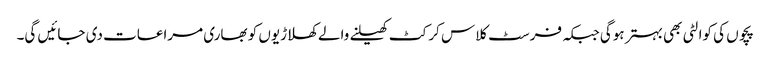
پچوں کی کوالٹی بھی بہتر ہوگی جبکہ فرسٹ کلاس کرکٹ کھیلنے والے کھلاڑیوں کو بھاری مراعات دی جائیں گی۔